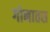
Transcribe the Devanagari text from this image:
गोनातस